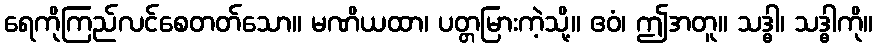
ရေကိုကြည်လင်စေတတ်သော။ မဏိယထာ၊ ပတ္တမြားကဲ့သို့။ ဧဝံ၊ ဤအတူ။ သဒ္ဓါ၊ သဒ္ဓါကို။